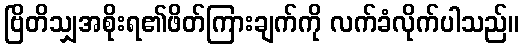
ဗြိတိသျှအစိုးရ၏ဖိတ်ကြားချက်ကို လက်ခံလိုက်ပါသည်။